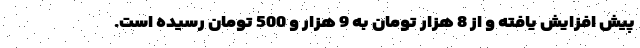
پیش افزایش یافته و از 8 هزار تومان به 9 هزار و 500 تومان رسیده است.